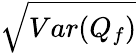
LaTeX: \sqrt{Var(Q_{f})}